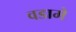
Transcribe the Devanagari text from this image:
वडामे